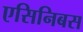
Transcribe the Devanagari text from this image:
एसिनिबस